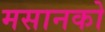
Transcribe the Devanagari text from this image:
मसानको